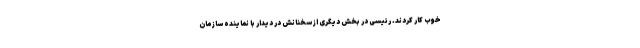
خوب کار کردند. رئیسی در بخش دیگری از سخنانش در دیدار با نماینده سازمان